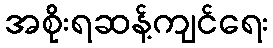
အစိုးရဆန့်ကျင်ရေး